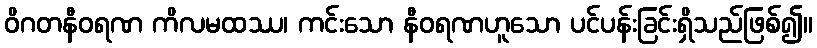
ဝိဂတနီဝရဏ ကိလမထဿ၊ ကင်းသော နီဝရဏဟူသော ပင်ပန်းခြင်းရှိသည်ဖြစ်၍။